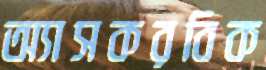
অ্যাসকরবিক